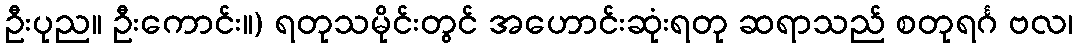
ဦးပုည။ ဦးကောင်း။) ရတုသမိုင်းတွင် အဟောင်းဆုံးရတု ဆရာသည် စတုရင်္ဂ ဗလ၊